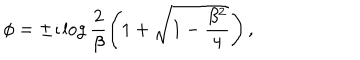
LaTeX: \phi = \pm \imath \log \frac { 2 } { \beta } \left( 1 + \sqrt { 1 - \frac { \beta ^ { 2 } } { 4 } } \right) ,